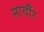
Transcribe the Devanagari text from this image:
साचौँर